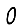
Digit: 0